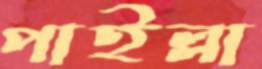
পাইল্লা